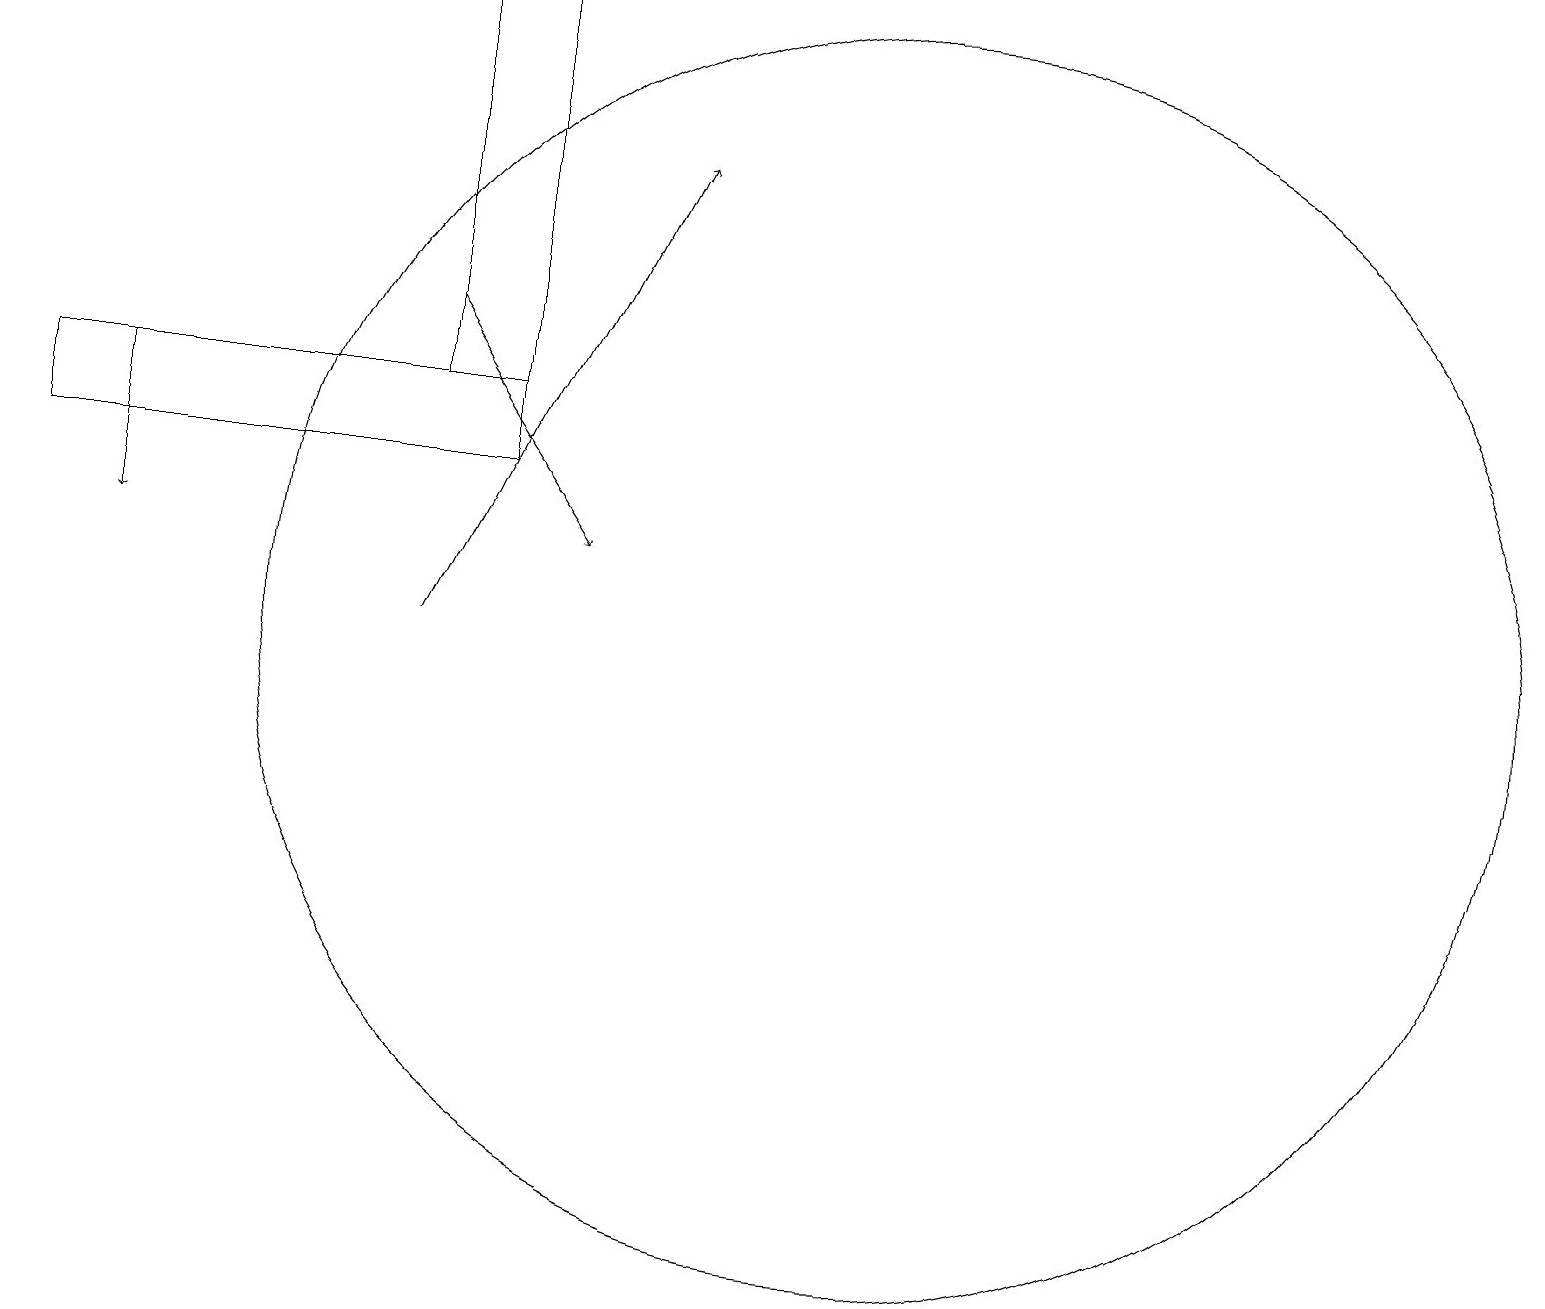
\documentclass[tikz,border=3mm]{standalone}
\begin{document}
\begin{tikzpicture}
\draw[->] (6,11) -- (9,17);
\draw (7,14) rectangle (6,19);
\draw[->] (6,15) -- (8,12);
\draw[->] (2,14) -- (2,12);
\draw (12,11) circle (8);
\draw (7,13) rectangle (1,14);
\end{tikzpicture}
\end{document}